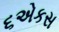
૬એકસ